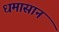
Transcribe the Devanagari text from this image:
धमासान